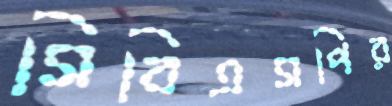
সিবিএসপির